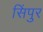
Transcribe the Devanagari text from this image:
सिंपुर